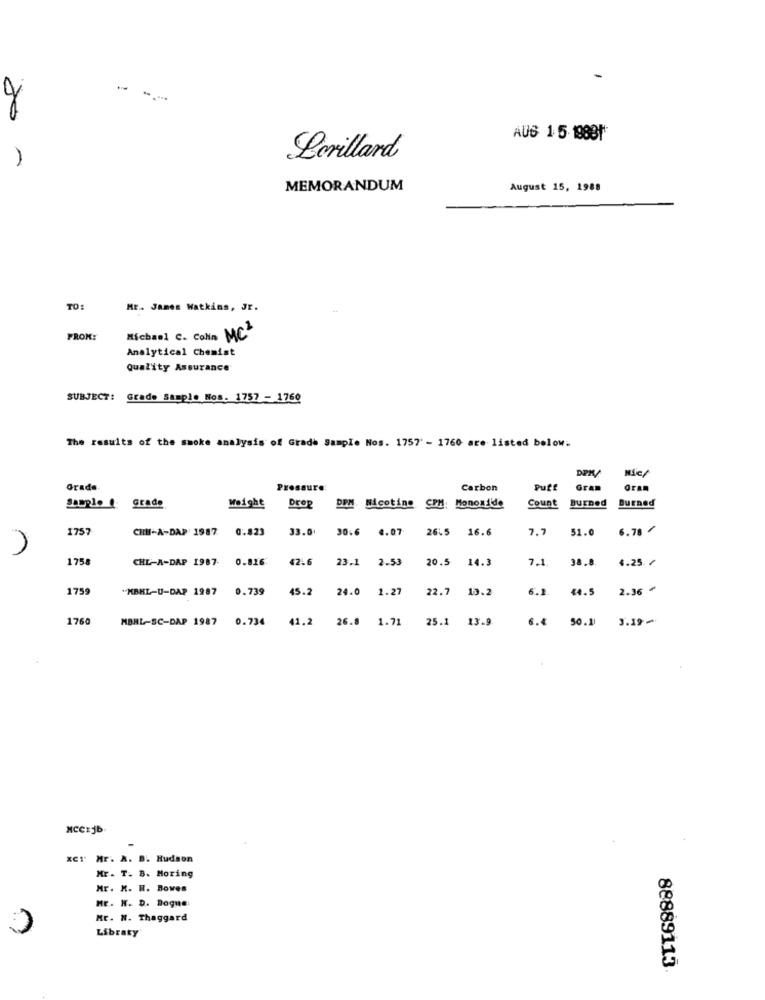
.
20
AUS 15- 19881
Lorillard
MEMORANDUM
August 15, 1988
TO:
ME .. James Watkins, Jr.
FROM:
Michael C. Colin MC
Analytical Chemist
Quality Assurance
SUBJECT: Grade Sample Nos. 1757 - 1760
The results of the smoke analysis of Grade Sample Nos. 1757 - 1760 are listed below.
Nie/
DEM/
Grade
Pressure:
Carbon
Puff
Gram
Count
Burned
Burned
Sample @ grade
weight
Drop
DPM. Nicotine CPM: Monoxide
1757
CHE-A-DAP 1987
0.823
33.0+
30.6
4.07
26.5
16.6
7.7
51.0
6.78 -
1758
CHL-A-DAP 1987-
0.816:
42.6
23.1
2.53
20.5
14.3
7.1
38.8.
4.25./
1755
"MBHL-U-DAP 1987
0.739
45.2
24.0
1.27
22.7
13.2
6.1.
44.5
2.36 ₾
176
MBHL-SC-DAP 1987
0.734
41.2
26.8 1.71
25.1
13.9
6.4
50.11
3.19
NCCEjb
Mr. A. B. Hudson
Mr. T. B. Moring
Mr. M. H. Boves
HE. H. D. Dogue
Mr. N. Thaggard
Libraty
88889115